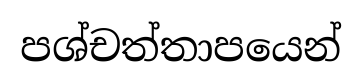
පශ්චත්තාපයෙන්